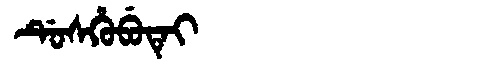
Manchu: ᡩᡠᠰᡥᡠᠪᡠᡨᡝᡳ
Romanization: DUSHUBUTEI